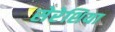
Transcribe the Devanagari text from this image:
सेरेशिया